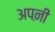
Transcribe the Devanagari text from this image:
अपऩी